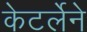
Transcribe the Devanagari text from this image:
केटर्लेने